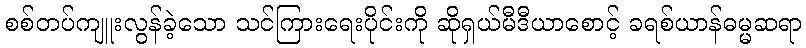
စစ်တပ်ကျူးလွန်ခဲ့သော သင်ကြားရေးပိုင်းကို ဆိုရှယ်မီဒီယာစောင့် ခရစ်ယာန်ဓမ္မဆရာ